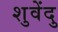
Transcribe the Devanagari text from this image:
शुवेंदु